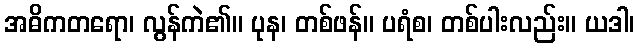
အဓိကတရော၊ လွန်ကဲ၏။ ပုန၊ တစ်ဖန်။ ပရံစ၊ တစ်ပါးလည်း။ ယဒါ၊